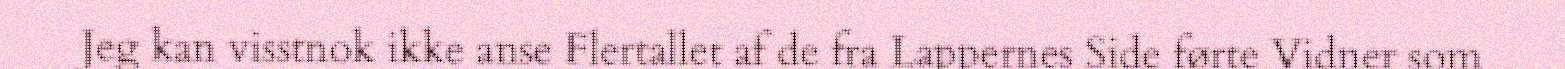
Jeg kan visstnok ikke anse Flertallet af de fra Lappernes Side førte Vidner som